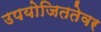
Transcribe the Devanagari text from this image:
उपयोजिततेवर